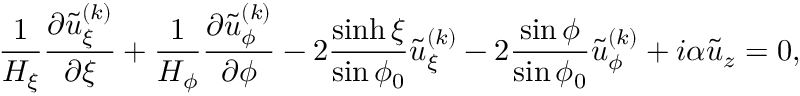
\frac { 1 } { H _ { \xi } } \frac { \partial \tilde { u } _ { \xi } ^ { ( k ) } } { \partial \xi } + \frac { 1 } { H _ { \phi } } \frac { \partial \tilde { u } _ { \phi } ^ { ( k ) } } { \partial \phi } - 2 \frac { \sinh \xi } { \sin \phi _ { 0 } } \tilde { u } _ { \xi } ^ { ( k ) } - 2 \frac { \sin \phi } { \sin \phi _ { 0 } } \tilde { u } _ { \phi } ^ { ( k ) } + i \alpha \tilde { u } _ { z } = 0 ,